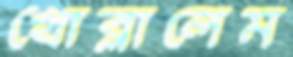
খোব্‌লালেম